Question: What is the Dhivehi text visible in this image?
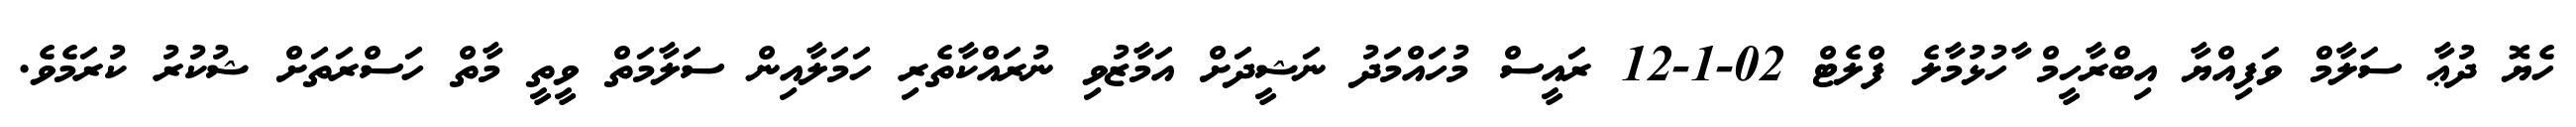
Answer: ހެޔޮ ދުޢާ ސަލާމް ވަފިއްޔާ އިބްރާހީމް ާހުޅުމާލެ ފްލެޓް 02-1-12 ރައީސް މުހައްމަދު ނަޝީދަށް އަމާޒުވި ނުރައްކާތެރި ހަމަލާއިން ސަލާމަތް ވީތީ މާތް ހަސްރަތަށް ޝުކުރު ކުރަމެވެ.